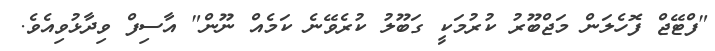
"ފްޓޭޖް ފޮހެލަން މަޖްބޫރު ކުރުމަކީ ގަބޫލު ކުރެވޭނެ ކަމެއް ނޫން" އާސިފް ވިދާޅުވިއެވެ.